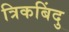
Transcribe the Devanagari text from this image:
त्रिकबिंदु